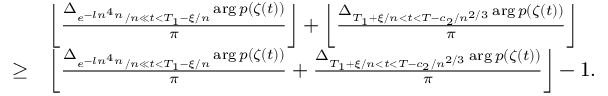
\begin{array} { r l } & { \left\lfloor \frac { \Delta _ { e ^ { - l n ^ { 4 } n } / n \ll t < T _ { 1 } - \xi / n } \arg p ( \zeta ( t ) ) } { \pi } \right\rfloor + \left\lfloor \frac { \Delta _ { T _ { 1 } + \xi / n < t < T - c _ { 2 } / n ^ { 2 / 3 } } \arg p ( \zeta ( t ) ) } { \pi } \right\rfloor } \\ { \ge } & { \left\lfloor \frac { \Delta _ { e ^ { - l n ^ { 4 } n } / n \ll t < T _ { 1 } - \xi / n } \arg p ( \zeta ( t ) ) } { \pi } + \frac { \Delta _ { T _ { 1 } + \xi / n < t < T - c _ { 2 } / n ^ { 2 / 3 } } \arg p ( \zeta ( t ) ) } { \pi } \right\rfloor - 1 . } \end{array}